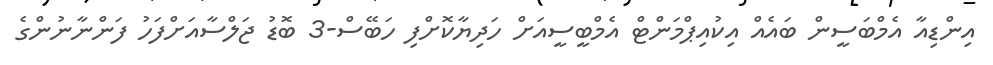
އިންޑިއާ އެމްބަސީން ބައެއް އިކުއިޕްމަންޓް އެމްބީސީއަށް ހަދިޔާކޮށްފި ހަބޭސް-3 ބޮޑު ޖަލްސާއަށްފަހު ފަންނާނުންގެ